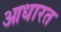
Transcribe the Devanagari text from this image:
आधारत